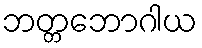
ဘတ္တဘောဂါယ